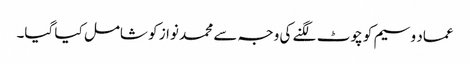
عماد وسیم کو چوٹ لگنے کی وجہ سے محمد نواز کو شامل کیا گیا۔